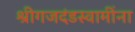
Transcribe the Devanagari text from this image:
श्रीगजदंडस्वामींना